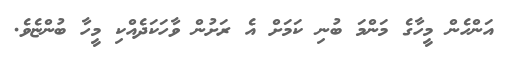
އަންހެން މީހާގެ މަންމަ ބުނި ކަމަށް އެ ރަށުން ވާހަކަދެއްކި މީހާ ބުުންޏެވެ.